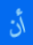
أن